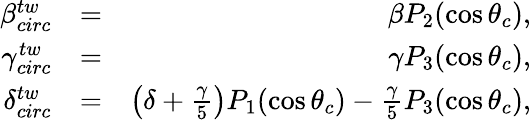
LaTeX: \begin{array}{rlr}{\beta_{circ}^{tw}}&{=}&{\beta P_{2}(\cos\theta_{c}),}\\ {\gamma_{circ}^{tw}}&{=}&{\gamma P_{3}(\cos\theta_{c}),}\\ {\delta_{circ}^{tw}}&{=}&{\left(\delta+\frac{\gamma}{5}\right)P_{1}(\cos\theta_{c})-\frac{\gamma}{5}P_{3}(\cos\theta_{c}),}\end{array}